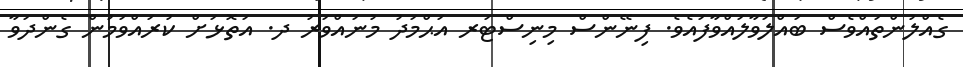
ގެއްލުންތައްވެސް ބައްލަވާލައްވާފައެވެ. ފިނޭންސް މިނިސްޓަރ އަޙްމަދު މުނައްވަރު ދ. އަތޮޅަށް ކުރައްވަމުން ގެންދަވާ